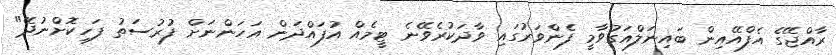
ރާއްޖޭގެ އެފްއޭއިން ބައިނަލްއަގުވާމީ ފެންވަރުގައި ވާދަކުރެވޭނެ ޓީމެއް އުފައްދަން އަހަންނަށް ފުރުސަތު ފަހިކޮށްނުދޭ"